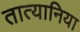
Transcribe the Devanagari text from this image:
तात्यानिया